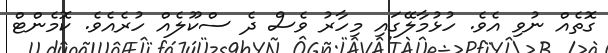
ގޮތެއް ނުވި އެވެ. ހުޅުމާލޭގައި މިހާރު ވެސް ދެ ސްކޫލެއް ހުރެއެވެ. ކޮމެންޓް